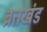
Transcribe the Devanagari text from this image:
ब्रतखंड